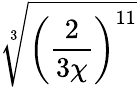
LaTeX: \sqrt[3]{\left(\frac{2}{3\chi}\right)^{11}}